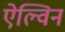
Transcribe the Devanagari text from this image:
ऐल्विन